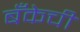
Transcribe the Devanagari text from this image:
बॅँकेची